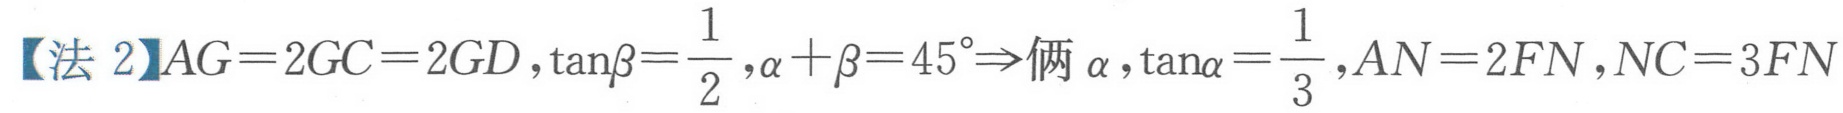
【法 2】$AG = 2GC = 2GD,\tan\beta=\frac{1}{2},\alpha+\beta = 45^{\circ}\Rightarrow \text{俩 }\alpha,\tan\alpha=\frac{1}{3},AN = 2FN,NC = 3FN$